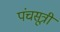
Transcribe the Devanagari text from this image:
पंचसूत्री